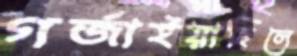
গর্জাইয়াছিলে